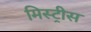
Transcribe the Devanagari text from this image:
मिस्ट्रीस